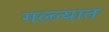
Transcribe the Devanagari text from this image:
गल्ल्यात